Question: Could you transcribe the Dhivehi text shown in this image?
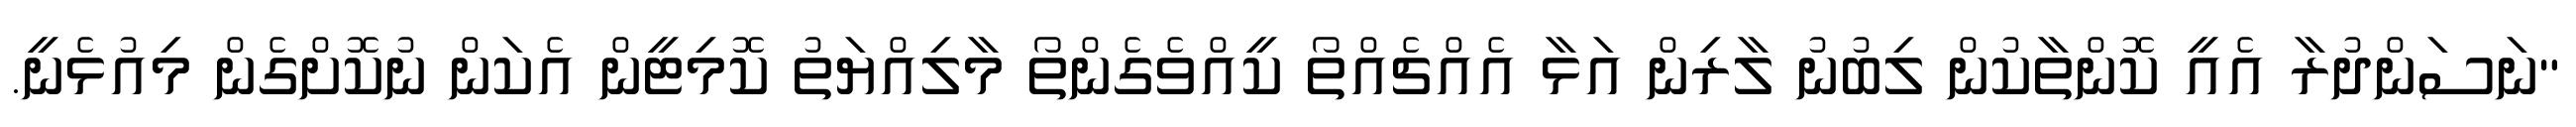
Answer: "ނަސަންދުރާ އެއީ ކޮންތާކުން ލިބުނު ލާރިން އަޅާ އެއްޗެއްތޯ ކީއްވެގެންތޯ މާލިއްޔަތު ކޮމިޓީން އެކަން ނުކޮށްގެން މިއުޅެނީ.